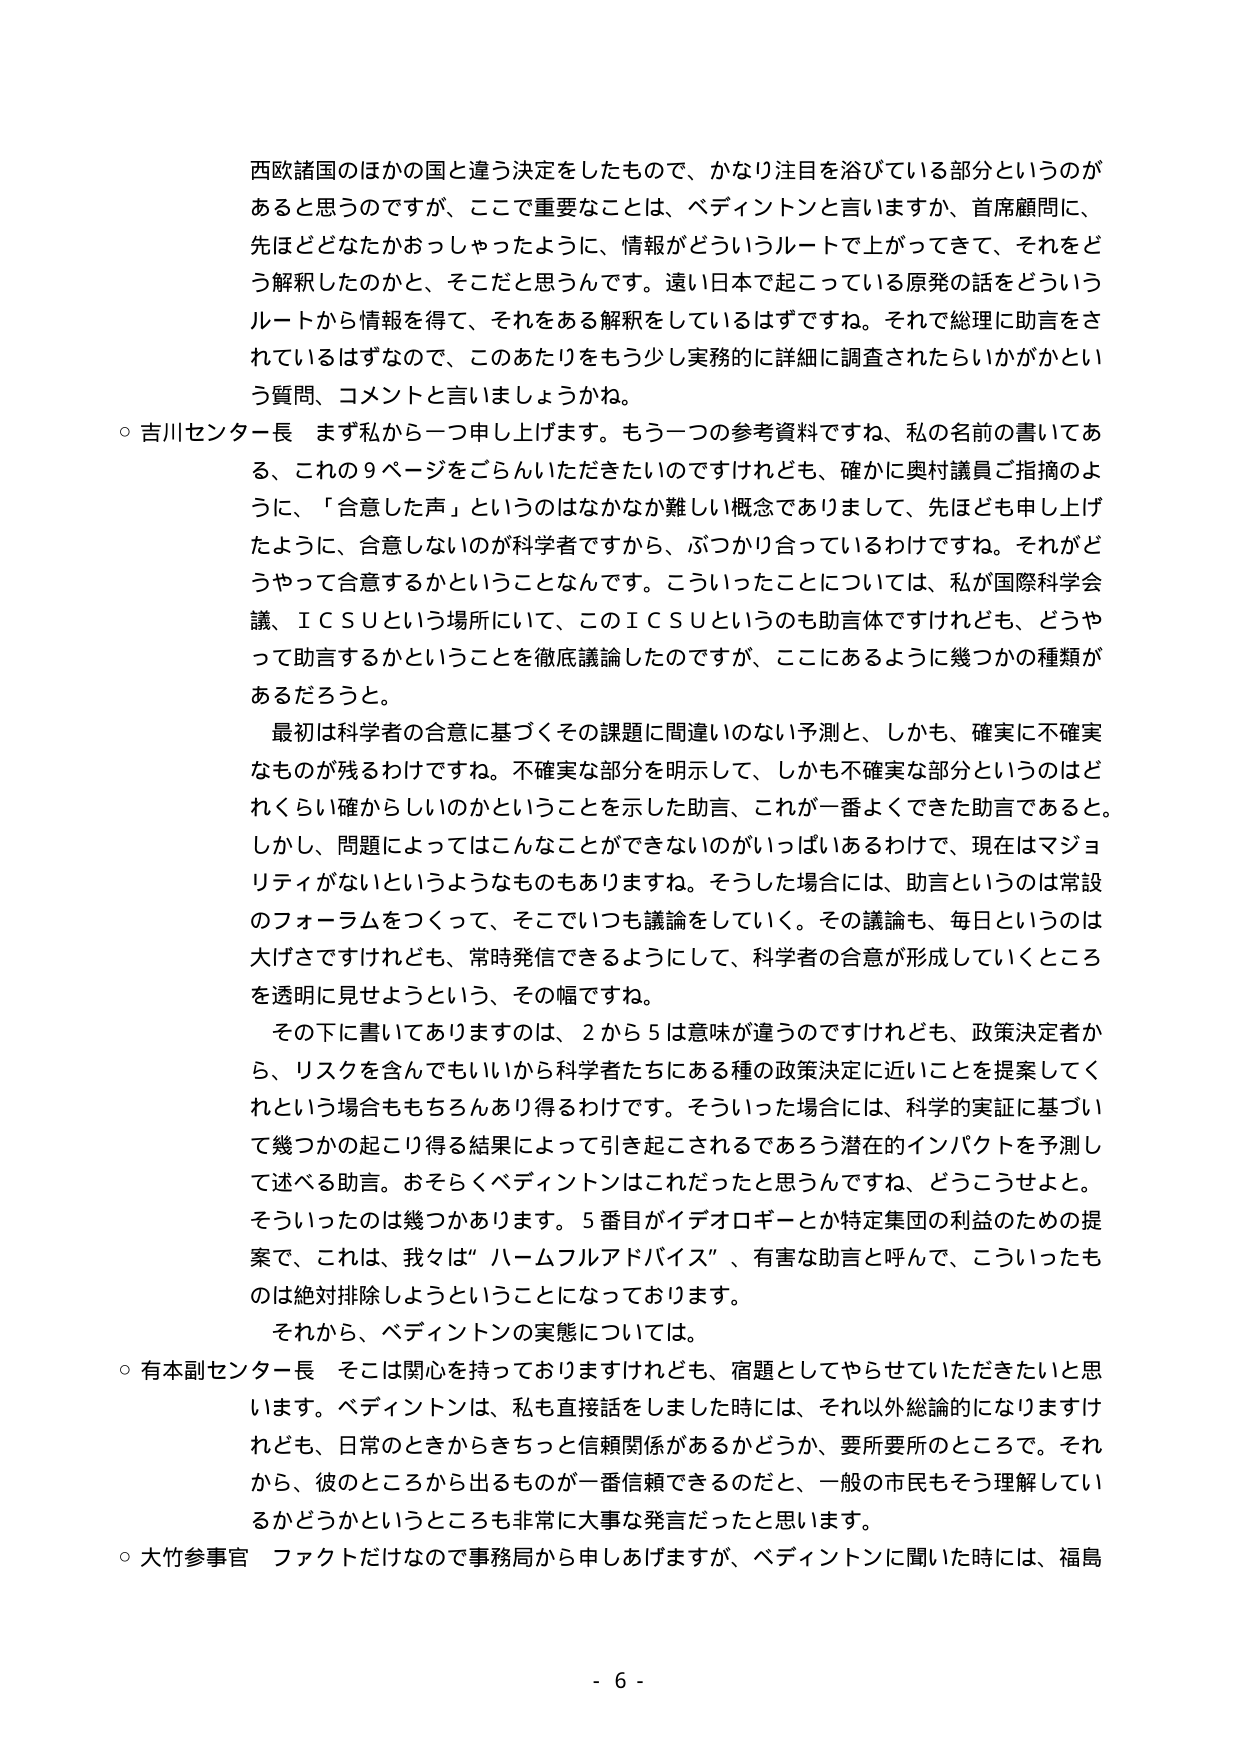
西欧諸国のほかの国と違う決定をしたもので、かなり注目を浴びている部分というのがあると思うのですが、ここで重要なことは、ベディントンと言いますか、首席顧問に、先ほどどなたかおっしゃったように、情報がどういうルートで上がってきて、それをどう解釈したのかと、そこだと思うんです。遠い日本で起こっている原発の話をどういうルートから情報を得て、それをある解釈をしているはずですね。それで総理に助言をされているはずなので、このあたりをもう少し実務的に詳細に調査されたらいかがかという質問、コメントと言いましょうかね。

○ 吉川センター長 まず私から一つ申し上げます。もう一つの参考資料ですね、私の名前の書いてある、これの９ページをごらんいただきたいのですけれども、確かに奥村議員ご指摘のように、「合意した声」というのはなかなか難しい概念でありまして、先ほども申し上げたように、合意しないのが科学者ですから、ぶつかり合っているわけですね。それがどうやって合意するかということなんです。こういったことについては、私が国際科学会議、ＩＣＳＵという場所にいて、このＩＣＳＵというのも助言体ですけれども、どうやって助言するかということを徹底議論したのですが、ここにあるように幾つかの種類があるだろうと。

最初は科学者の合意に基づくその課題に間違いのない予測と、しかも、確実に不確実なもののが残るわけですね。不確実な部分を明示して、しかも不確実な部分というのはどれくらい確からしいのかということを示した助言、これが一番よくできた助言であると。しかし、問題によってはこんなことができないのがいっぱいあるわけで、現在はマジョリティがないというようなものもありますね。そうした場合には、助言というのは常設のフォーラムをつくって、そこでいつも議論をしていく。その議論も、毎日というのは大げさですけれども、常時発信できるようにして、科学者の合意が形成していくところを透明に見せようという、その幅ですね。

その下に書いてありますのは、２から５は意味が違うのですけれども、政策決定者から、リスクを含んでもいいから科学者たちにある種の政策決定に近いことを提案してくれという場合ももちろんあり得るわけです。そういった場合には、科学的実証に基づいて幾つかの起こり得る結果によって引き起こされるであろう潜在的インパクトを予測して述べる助言。おそらくベディントンはこれだったと思うんですね、どうこうせよと。そういったのは幾つかあります。５番目がイデオロギーとか特定集団の利益のための提案で、これは、我々は“ハームフルアドバイス”、有害な助言と呼んで、こういったものは絶対排除しようということになっております。

それから、ベディントンの実態については。

○ 有本副センター長 そこは関心を持っておりますけれども、宿題としてやらせていただきたいと思います。ベディントンは、私も直接話をしました時には、それ以外総論的になりますけれども、日常のときからきちっと信頼関係があるかどうか、要所要所のところで。それから、彼のところから出るものが一番信頼できるのだと、一般の市民もそう理解しているかどうかというところも非常に大事な発言だったと思います。

○ 大竹参事官 ファクトだけなので事務局から申しあげますが、ベディントンに聞いた時には、福島

- 6 -